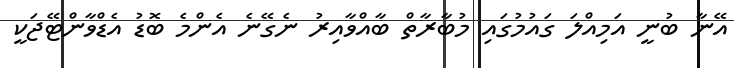
އޭނާ ބުނީ އަމިއްލަ ގައުމުގައި މުބާރާތް ބާއްވާއިރު ނެގޭނެ އެންމެ ބޮޑު އެޑްވާންޓޭޖަކީ